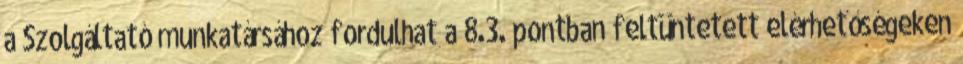
a Szolgáltató munkatársához fordulhat a 8.3. pontban feltüntetett elérhetőségeken